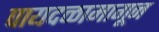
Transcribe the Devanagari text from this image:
पायदळामागून